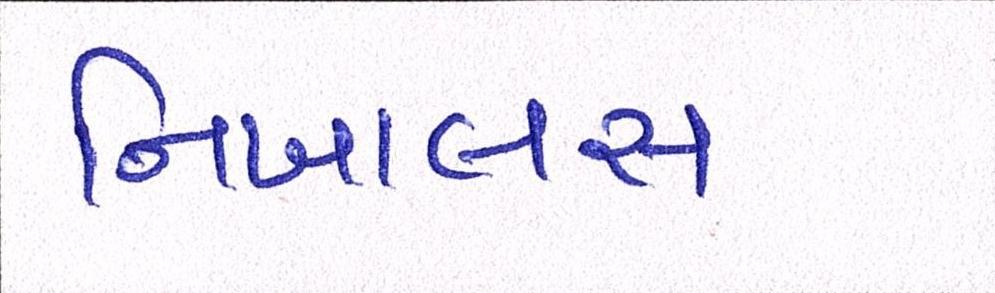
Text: નિખાલસ